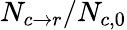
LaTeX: N_{c\rightarrow r}/N_{c,0}